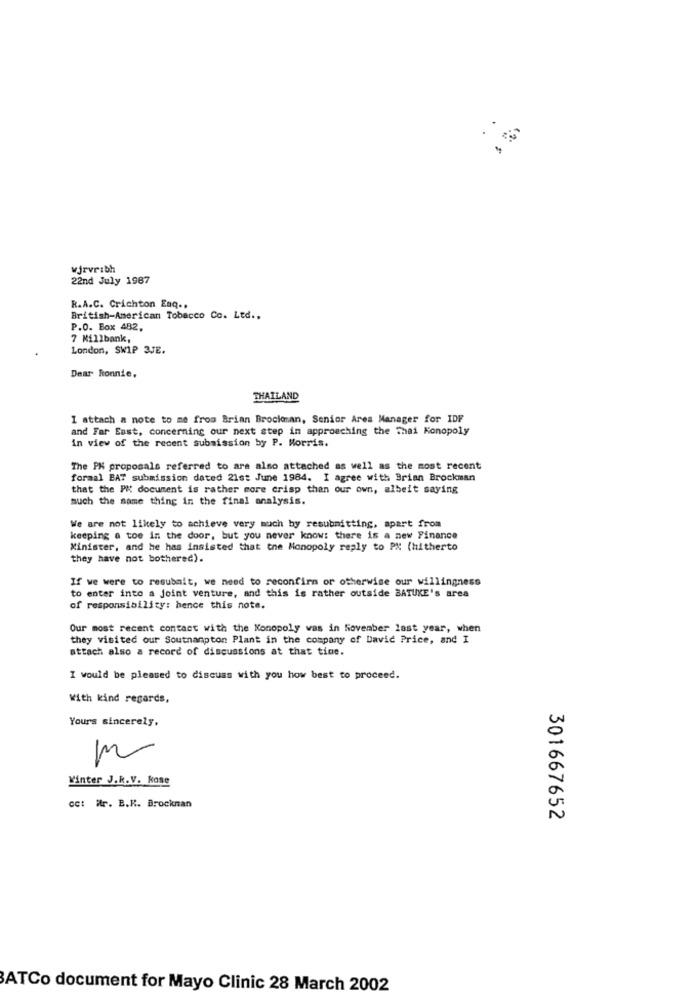
wjrvr:bh
22nd July 1987
R.A.C. Crichton Enq ..
British-American Tobacco Co. Ltd .,
P.O. Box 482,
7 Millbank,
London, SWIP 3JE.
Dear Ronnie,
THAILAND
I attach a note to me from Brian Brocionan, Senior Area Manager for IDF
and Far East, concerning our next step in approaching the Thai Konopoly
in view of the recent submission by P. Morris.
The PH proposals referred to are also attached as well as the most recent
formal EAT submission dated 21st June 1984. I agree with Brian Brockman
that the PK document is rather more crisp than our own, albeit saying
much the same thing in the final analysis.
We are not likely to achieve very much by resubmitting, apart from
keeping a toe in the door, but you never know: there is a new Finance
Minister, and he has insisted that the Monopoly reply to PM (hitherto
they have not bothered).
If we were to resubait, we need to reconfirm or otherwise our willingness
to enter into a joint venture, and this is rather outside BATUKE's area
of responsibility: hence this note.
Our most recent contact with the Monopoly was in November last year, when
they visited our Southampton Plant in the company of David Price, and I
attach also a record of discussions at that time.
I would be pleased to discuss with you how best to proceed.
With kind regards,
Yours sincerely,
S
Winter J.R.V. kose
cct ir. B.K. Brocknan
301667652
ATCo document for Mayo Clinic 28 March 2002